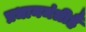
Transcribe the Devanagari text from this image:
प्रधानमंत्रीहै